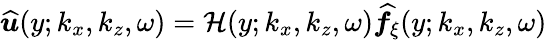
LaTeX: \boldsymbol{\widehat{u}}(y;k_{x},k_{z},\omega)=\mathcal{H}(y;k_{x},k_{z},\omega)\boldsymbol{\widehat{f}}_{\xi}(y;k_{x},k_{z},\omega)